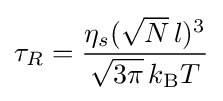
\tau _{R}={\frac {\eta _{s}({\sqrt {N}}\,l)^{3}}{{\sqrt {3\pi }}\,k_{\mathrm {B} }T}}